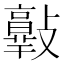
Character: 𣀦